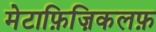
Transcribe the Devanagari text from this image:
मेटाफ़िज़िकलफ़